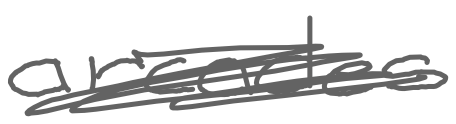
Text: arcades
Cross-out: scratch
Writing tool: digital_gray